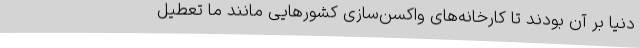
دنیا بر آن بودند تا کارخانه‌های واکسن‌سازی کشورهایی مانند ما تعطیل